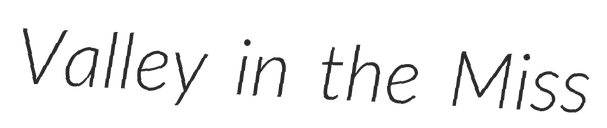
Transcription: Valley in the Miss